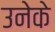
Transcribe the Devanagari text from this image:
उनेके